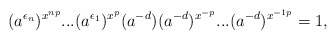
\begin{align*}(a^{\epsilon_n})^{x^{np}}...(a^{\epsilon_{1}})^{x^{p}}(a^{-d})(a^{-d})^{x^{-p}}...(a^{-d})^{x^{-1p}} = 1,\end{align*}